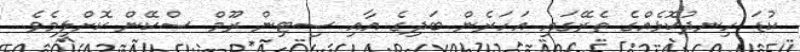
ކުޑަ ހިނދުކޮޅެއްގެ ތެރޭގައި އަހަރެން ބަދިގެ އާއި ސިޓިން ރޫމް ސްކޭން ކޮށްލީމެވެ.